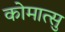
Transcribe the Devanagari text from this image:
कोमात्सु